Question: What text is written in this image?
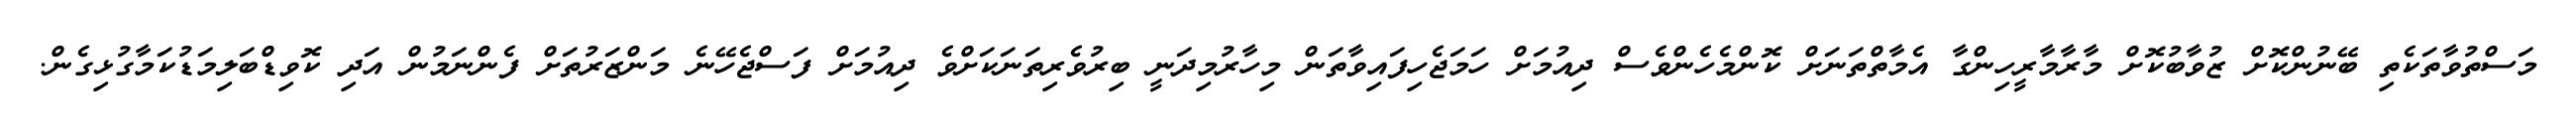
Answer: މަސްތުވާތަކެތި ބޭނުންކޮށް ޒުވާބުކޮށް މާރާމާރީހިންގާ އެމާތްތަނަށް ކޮންމެހެންވެސް ދިއުމަށް ހަމަޖެހިފައިވާތަން މިހާރުމިދަނީ ބިރުވެރިތަނަކަށްވެ ދިއުމަށް ފަސްޖެހޭނެ މަންޒަރުތަށް ފެންނަމުން އަދި ކޮވިޑްބަލިމަޑުކަމާގުޅިގެން.